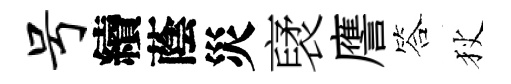
号續蔭災裦譍答狄